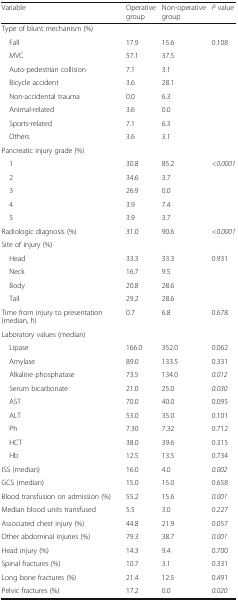
<table><thead><tr><td><b>Variable</b></td><td><b>Operative group</b></td><td><b>Non-operative group</b></td><td><b><i>P</i> value</b></td></tr></thead><tbody><tr><td colspan="4">Type of blunt mechanism (%)</td></tr><tr><td> Fall</td><td>17.9</td><td>15.6</td><td>0.108</td></tr><tr><td> MVC</td><td>57.1</td><td>37.5</td><td></td></tr><tr><td> Auto-pedestrian collision</td><td>7.1</td><td>3.1</td><td></td></tr><tr><td> Bicycle accident</td><td>3.6</td><td>28.1</td><td></td></tr><tr><td> Non-accidental trauma</td><td>0.0</td><td>6.3</td><td></td></tr><tr><td> Animal-related</td><td>3.6</td><td>0.0</td><td></td></tr><tr><td> Sports-related</td><td>7.1</td><td>6.3</td><td></td></tr><tr><td> Others</td><td>3.6</td><td>3.1</td><td></td></tr><tr><td colspan="4">Pancreatic injury grade (%)</td></tr><tr><td> 1</td><td>30.8</td><td>85.2</td><td><i>&lt;0.0001</i></td></tr><tr><td> 2</td><td>34.6</td><td>3.7</td><td></td></tr><tr><td> 3</td><td>26.9</td><td>0.0</td><td></td></tr><tr><td> 4</td><td>3.9</td><td>7.4</td><td></td></tr><tr><td> 5</td><td>3.9</td><td>3.7</td><td></td></tr><tr><td>Radiologic diagnosis (%)</td><td>31.0</td><td>90.6</td><td><i>&lt;0.0001</i></td></tr><tr><td colspan="4">Site of injury (%)</td></tr><tr><td> Head</td><td>33.3</td><td>33.3</td><td>0.931</td></tr><tr><td> Neck</td><td>16.7</td><td>9.5</td><td></td></tr><tr><td> Body</td><td>20.8</td><td>28.6</td><td></td></tr><tr><td> Tail</td><td>29.2</td><td>28.6</td><td></td></tr><tr><td>Time from injury to presentation (median, h)</td><td>0.7</td><td>6.8</td><td>0.678</td></tr><tr><td colspan="4">Laboratory values (median)</td></tr><tr><td> Lipase</td><td>166.0</td><td>352.0</td><td>0.062</td></tr><tr><td> Amylase</td><td>89.0</td><td>133.5</td><td>0.331</td></tr><tr><td> Alkaline phosphatase</td><td>73.5</td><td>134.0</td><td><i>0.012</i></td></tr><tr><td> Serum bicarbonate</td><td>21.0</td><td>25.0</td><td><i>0.030</i></td></tr><tr><td> AST</td><td>70.0</td><td>40.0</td><td>0.095</td></tr><tr><td> ALT</td><td>53.0</td><td>35.0</td><td>0.101</td></tr><tr><td> Ph</td><td>7.30</td><td>7.32</td><td>0.712</td></tr><tr><td> HCT</td><td>38.0</td><td>39.6</td><td>0.315</td></tr><tr><td> Hb</td><td>12.5</td><td>13.5</td><td>0.734</td></tr><tr><td>ISS (median)</td><td>16.0</td><td>4.0</td><td><i>0.002</i></td></tr><tr><td>GCS (median)</td><td>15.0</td><td>15.0</td><td>0.658</td></tr><tr><td>Blood transfusion on admission (%)</td><td>55.2</td><td>15.6</td><td><i>0.001</i></td></tr><tr><td>Median blood units transfused</td><td>5.5</td><td>3.0</td><td>0.227</td></tr><tr><td>Associated chest injury (%)</td><td>44.8</td><td>21.9</td><td>0.057</td></tr><tr><td>Other abdominal injuries (%)</td><td>79.3</td><td>38.7</td><td><i>0.001</i></td></tr><tr><td>Head injury (%)</td><td>14.3</td><td>9.4</td><td>0.700</td></tr><tr><td>Spinal fractures (%)</td><td>10.7</td><td>3.1</td><td>0.331</td></tr><tr><td>Long bone fractures (%)</td><td>21.4</td><td>12.5</td><td>0.491</td></tr><tr><td>Pelvic fractures (%)</td><td>17.2</td><td>0.0</td><td><i>0.020</i></td></tr></tbody></table>